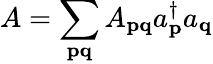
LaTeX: A=\sum_{\mathbf{pq}}A_{\mathbf{pq}}a_{\mathbf{p}}^{\dagger}a_{\mathbf{q}}